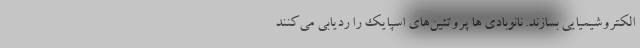
الکتروشیمیایی بسازند. نانوبادی ها پروتئین‌های اسپایک را ردیابی می‌کنند